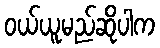
ဝယ်ယူမည်ဆိုပါက